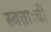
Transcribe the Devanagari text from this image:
स्वताःची